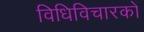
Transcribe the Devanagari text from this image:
विधिविचारकों